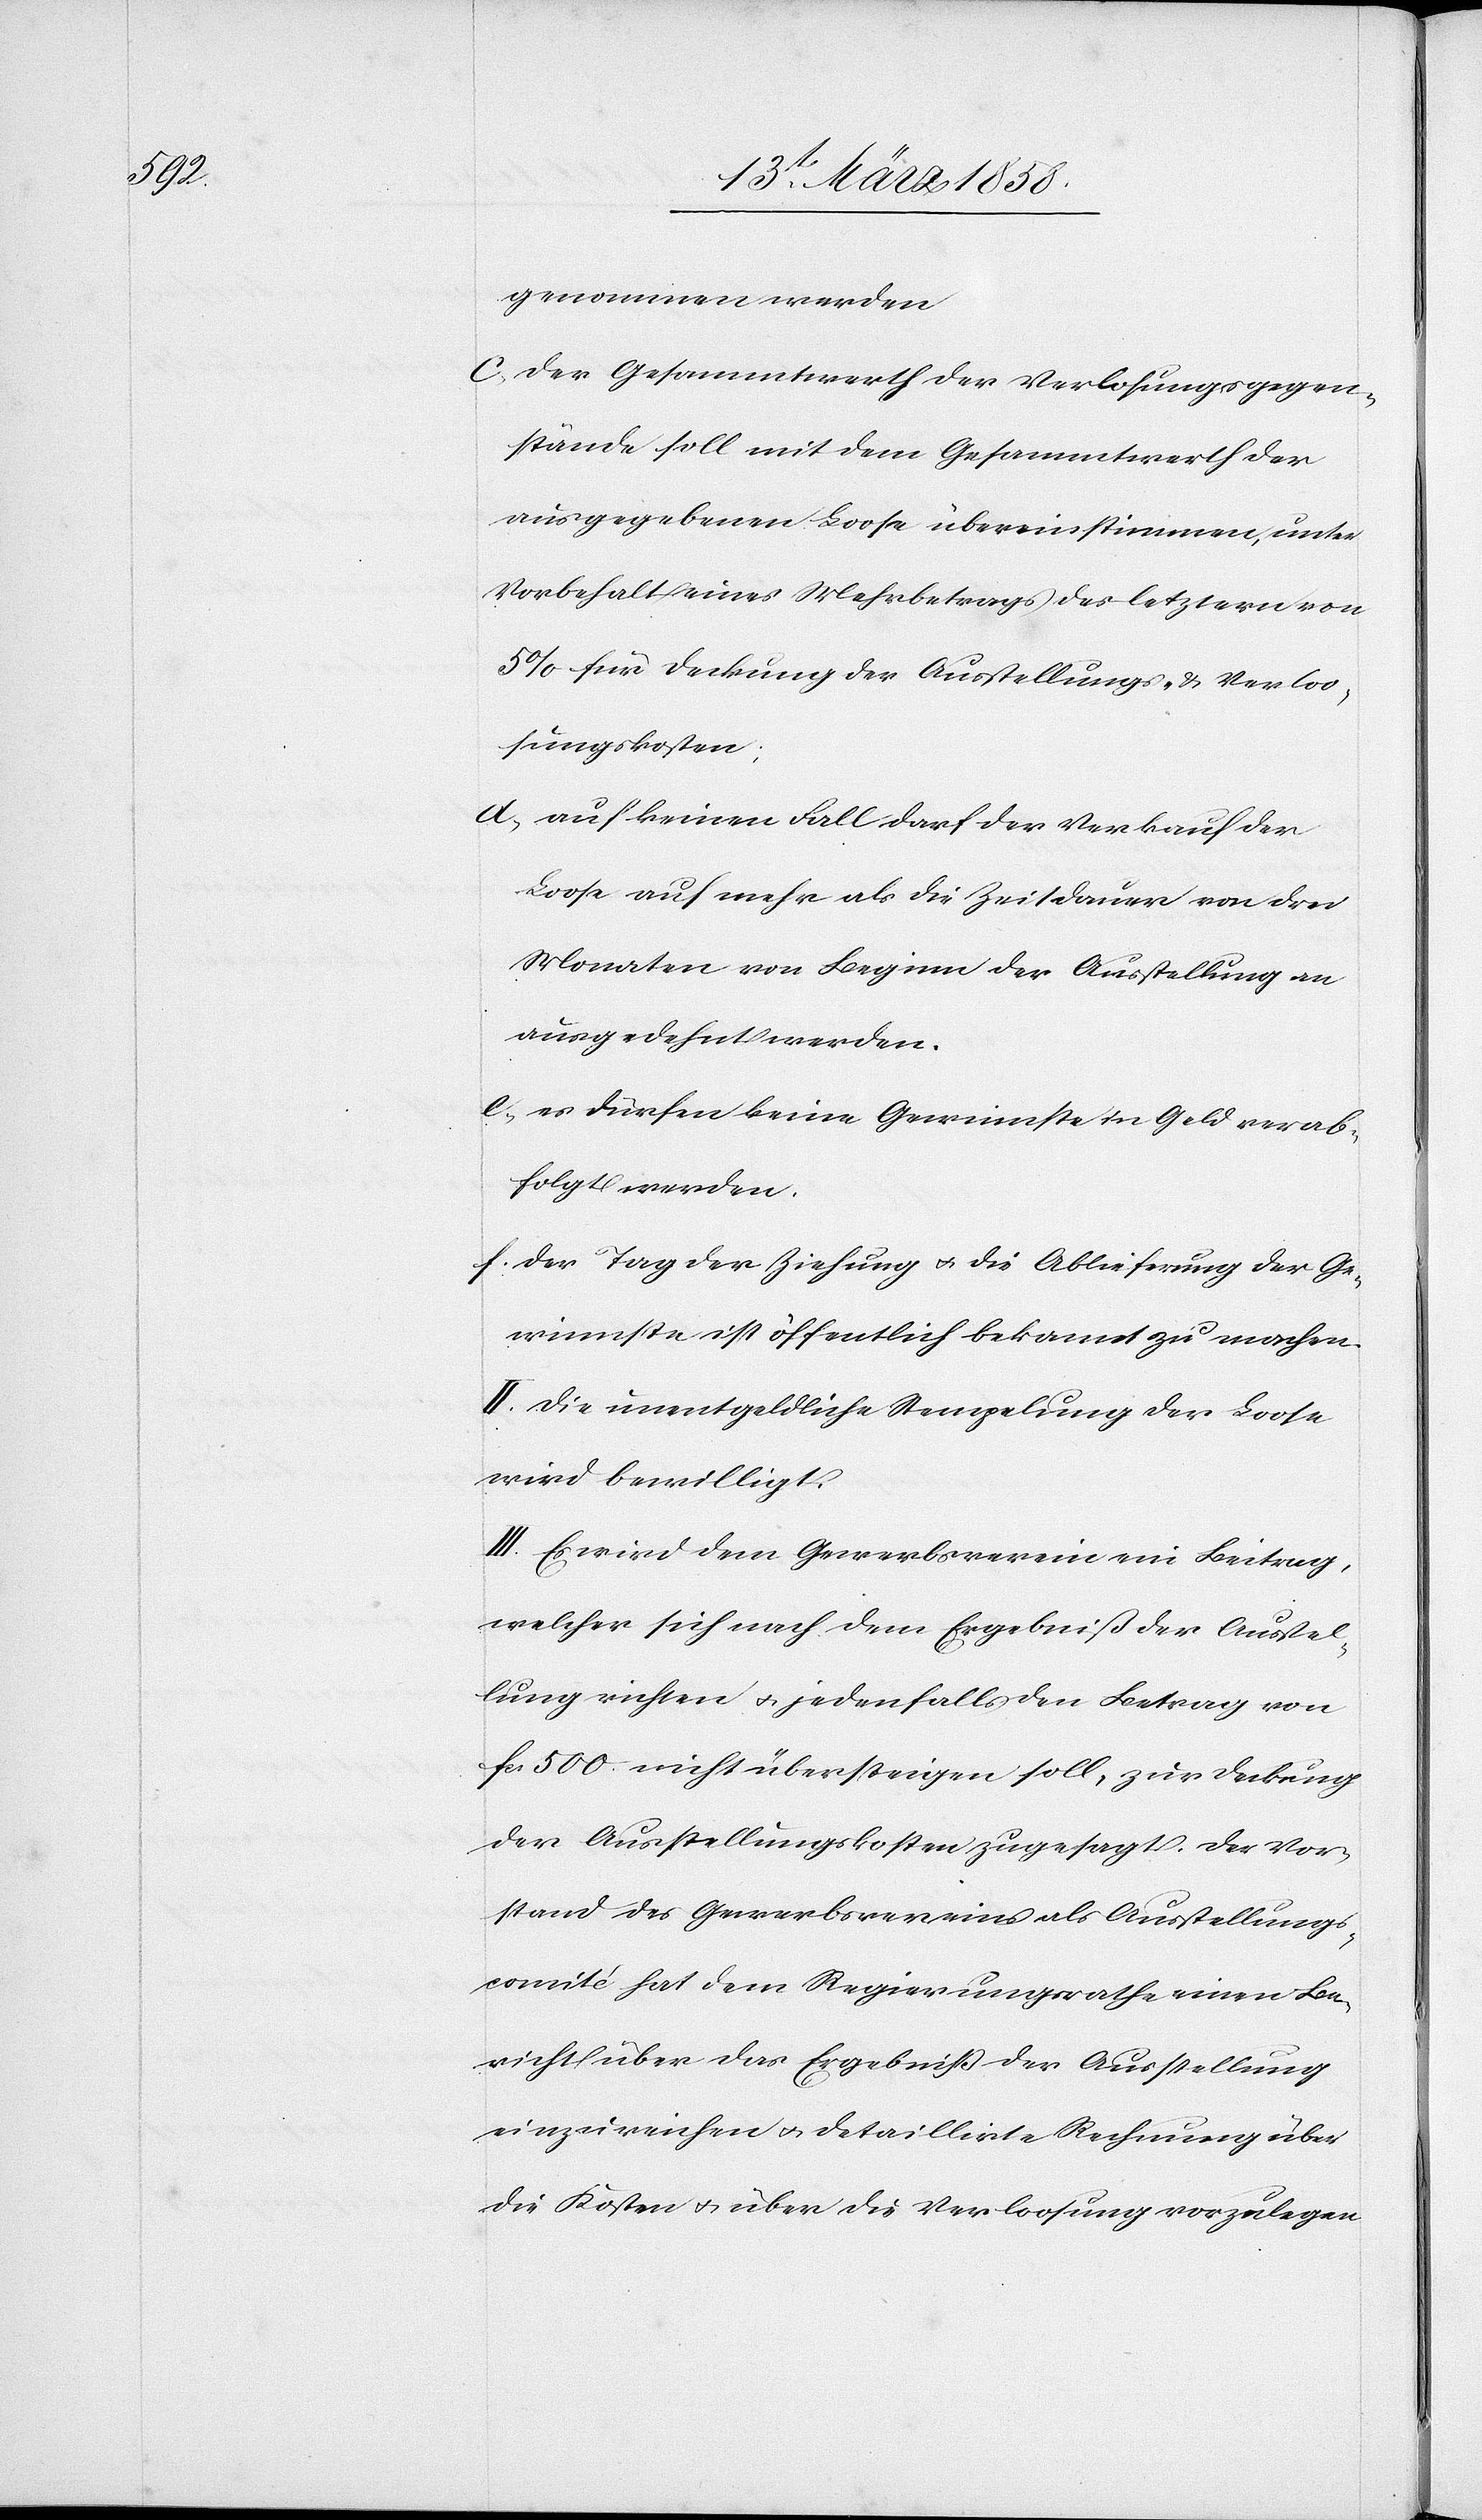
genommen werden.
c) der Gesammtwerth der Verlosungsgegen¬
stände soll mit dem Gesammtwerth der
ausgegebenen Loose übereinstimmen, unter
Vorbehalt eines Mehrbetrags des letztern von
5% für Deckung der Ausstellungs- u. Verloo¬
sungskosten;
d) auf keinen Fall darf der Verkauf der
Loose auf mehr als die Zeitdauer von drei
Monaten von Beginn der Ausstellung an
ausgedehnt werden.
e) es dürfen keine Gewinnste in Geld verab¬
folgt werden.
f) der Tag der Ziehung u. die Ablieferung der Ge¬
winnste ist öffentlich bekannt zu machen.
II. Die unentgeltliche Stempelung der Loose
wird bewilligt.
III. Es wird dem Gewerbsverein ein Beitrag,
welcher sich nach dem Ergebniß der Ausstel¬
lung richten u. jedenfalls den Betrag von
fcs. 500 nicht übersteigen soll, zur Deckung
der Ausstellungskosten zugesagt. Der Vor¬
stand des Gewerbsvereins als Ausstellungs¬
comité hat dem Regierungsrathe einen Be¬
richt über das Ergebniß der Ausstellung
einzureichen u. detaillirte Rechnung über
die Kosten u. über die Verloosung vorzulegen.